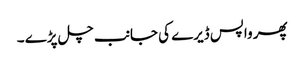
پھر واپس ڈیرے کی جانب چل پڑے ۔